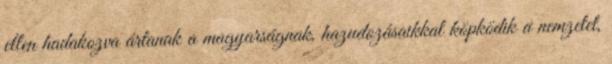
ellen hadakozva ártanak a magyarságnak, hazudozásaikkal köpködik a nemzetet,